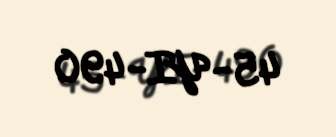
45-YI-490